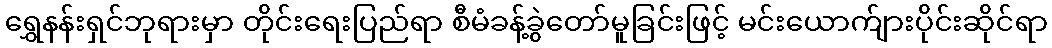
ရွှေနန်းရှင်ဘုရားမှာ တိုင်းရေးပြည်ရာ စီမံခန့်ခွဲတော်မူခြင်းဖြင့် မင်းယောက်ျားပိုင်းဆိုင်ရာ